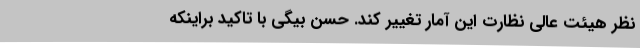
نظر هیئت عالی نظارت این آمار تغییر کند. حسن بیگی با تاکید براینکه